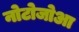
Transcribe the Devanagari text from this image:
नोटोजोआ